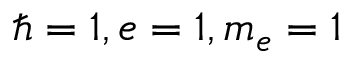
\hbar = 1 , e = 1 , m _ { e } = 1